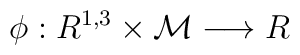
\phi :  R^{1,3} \times {\cal M}  \longrightarrow R